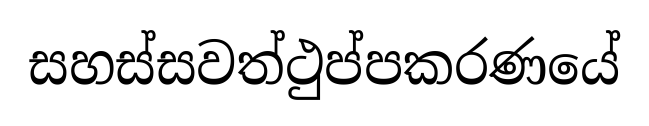
සහස්සවත්ථුප්පකරණයේ